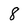
Character: 8